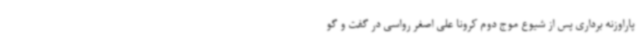
پاراوزنه برداری پس از شیوع موج دوم کرونا علی اصغر رواسی در گفت و گو